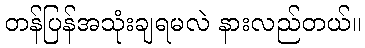
တန်ပြန်အသုံးချရမလဲ နားလည်တယ်။